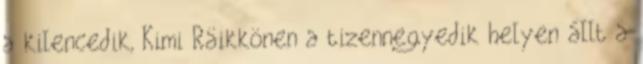
a kilencedik, Kimi Räikkönen a tizennegyedik helyen állt a